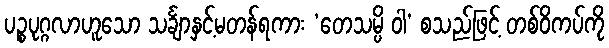
ပဉ္စပုဂ္ဂလာဟူသော သင်္ချာနှင့်မတန်ရကား ‘တေသမ္ပိ ဝါ’ စသည်ဖြင့် တစ်ဝိကပ်ကို